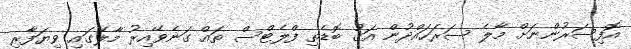
އޮފިސަރުންނަށް މާލެ ސަރަަހައްދުން އަގު ބޮޑެތި ފްލެޓްްސް ތައް ގަނެވޭއިރު މާލޭގައި ވިޔަފާރި